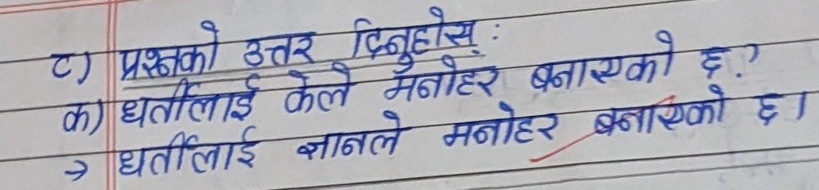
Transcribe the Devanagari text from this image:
ट) प्रश्नको उत्तर दिनुहोस् :
क) धर्तिलाई केले मनोहर बनाएको छ?
-> धर्तिलाई ज्ञानले मनोहर बनाएको छ।